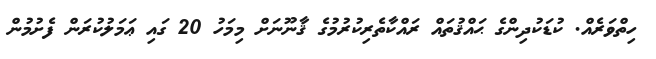
ހިތްވަރެއް. ކުޑަކުދިންގެ ޙައްޤުތައް ރައްކާތެރިކުރުމުގެ ޤާނޫނަށް މިމަހު 20 ގައި ޢަމަލުކުރަން ފެށުމުން